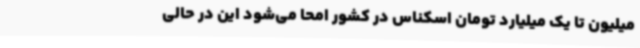
میلیون تا یک میلیارد تومان اسکناس در کشور امحا می‌شود این در حالی